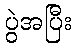
ပွဲအပြီး